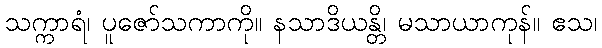
သက္ကာရံ၊ ပူဇော်သကာကို။ နသာဒိယန္တိ၊ မသာယာကုန်။ ဧသ၊